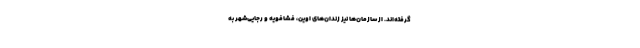
گرفته‌اند. از سازمان‌ها نیز زندان‌های اوین، فشافویه و رجایی‌شهر به